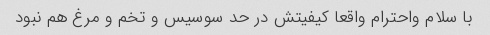
با سلام واحترام واقعا کیفیتش در حد سوسیس و تخم و مرغ هم نبود